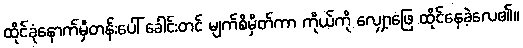
ထိုင်ခုံနောက်မှီတန်းပေါ် ခေါင်းတင် မျက်စိမှိတ်ကာ ကိုယ်ကို လျှော့ဖြေ ထိုင်နေခဲ့လေ၏။